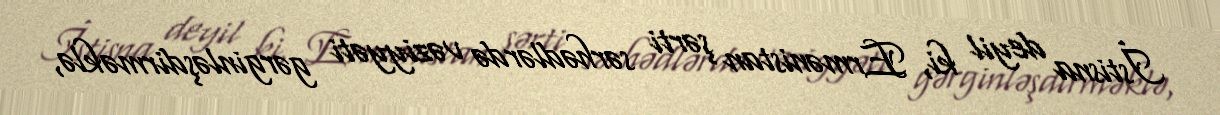
İstisna deyil ki, Ermənistan şərti sərhədlərdə vəziyyəti gərginləşdirməklə,